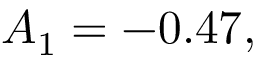
A _ { 1 } = - 0 . 4 7 ,